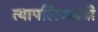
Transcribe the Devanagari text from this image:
त्यापलिकडची